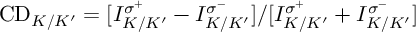
\mathrm { C D } _ { K / K ^ { \prime } } = [ I _ { K / K ^ { \prime } } ^ { \sigma ^ { + } } - I _ { K / K ^ { \prime } } ^ { \sigma ^ { - } } ] / [ I _ { K / K ^ { \prime } } ^ { \sigma ^ { + } } + I _ { K / K ^ { \prime } } ^ { \sigma ^ { - } } ]